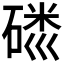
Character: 𱴢